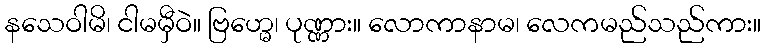
နသေဝါမိ၊ ငါမမှီဝဲ။ ဗြဟ္မေ၊ ပုဏ္ဏား။ လောကာနာမ၊ လေကမည်သည်ကား။